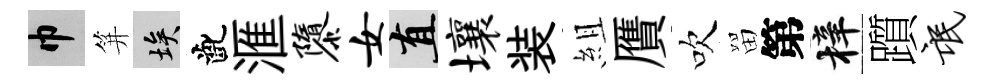
巾笄埃齔滙隳女直壤装組贋吹㽞第梓躓氓